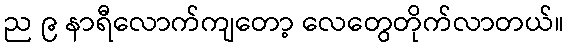
ည ၉ နာရီလောက်ကျတော့ လေတွေတိုက်လာတယ်။